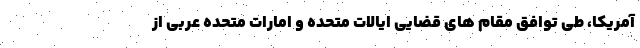
آمریکا، طی توافق مقام های قضایی ایالات متحده و امارات متحده عربی از